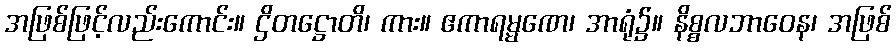
အဖြစ်ဖြင့်လည်းကောင်း။ ဌိတဋ္ဌောတိ၊ ကား။ ဧကာရမ္မဏေ၊ အာရုံ၌။ နိစ္စလဘာဝေန၊ အဖြစ်